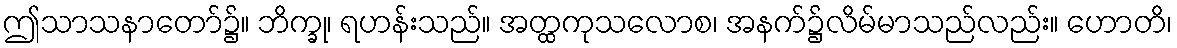
ဤသာသနာတော်၌။ ဘိက္ခု၊ ရဟန်းသည်။ အတ္ထကုသလောစ၊ အနက်၌လိမ်မာသည်လည်း။ ဟောတိ၊